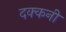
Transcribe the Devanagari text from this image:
दक्‍कनी